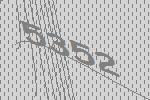
5352